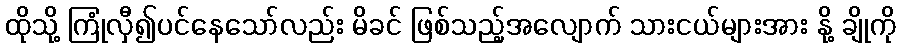
ထိုသို့ ကြုံလှီ၍ပင်နေသော်လည်း မိခင် ဖြစ်သည့်အလျောက် သားငယ်များအား နို့ ချိုကို